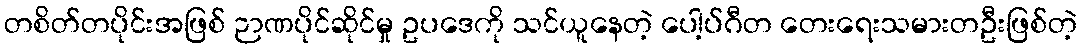
တစိတ်တပိုင်းအဖြစ် ဉာဏပိုင်ဆိုင်မှု ဥပဒေကို သင်ယူနေတဲ့ ပေါ့ပ်ဂီတ တေးရေးသမားတဦးဖြစ်တဲ့